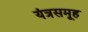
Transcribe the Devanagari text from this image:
यंत्रसमूह